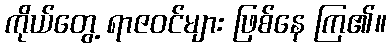
ကိုယ်တွေ့ ရာဇဝင်များ ဖြစ်နေ ကြ၏။